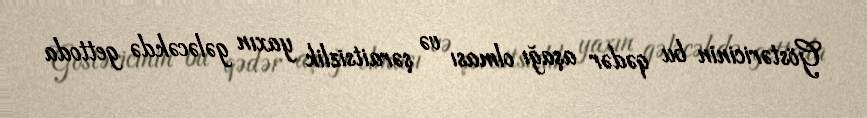
Göstəricinin bu qədər aşağı olması və şəraitsizlik yaxın gələcəkdə gettoda